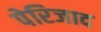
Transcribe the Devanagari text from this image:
पेरिजाद